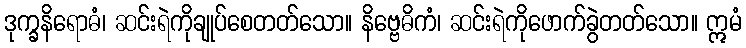
ဒုက္ခနိရောဓံ၊ ဆင်းရဲကိုချုပ်စေတတ်သော။ နိဗ္ဗေဓိကံ၊ ဆင်းရဲကိုဖောက်ခွဲတတ်သော။ ဣမံ